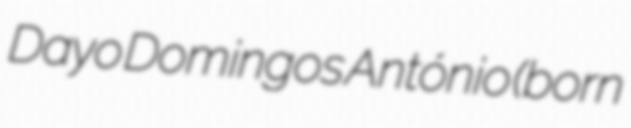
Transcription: Dayo Domingos António (born